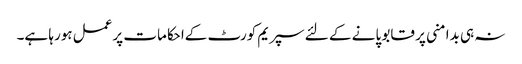
نہ ہی بدامنی پر قابو پانے کے لئے سپریم کورٹ کےاحکامات پرعمل ہورہا ہے۔